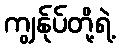
ကျွန်ုပ်တို့ရဲ့